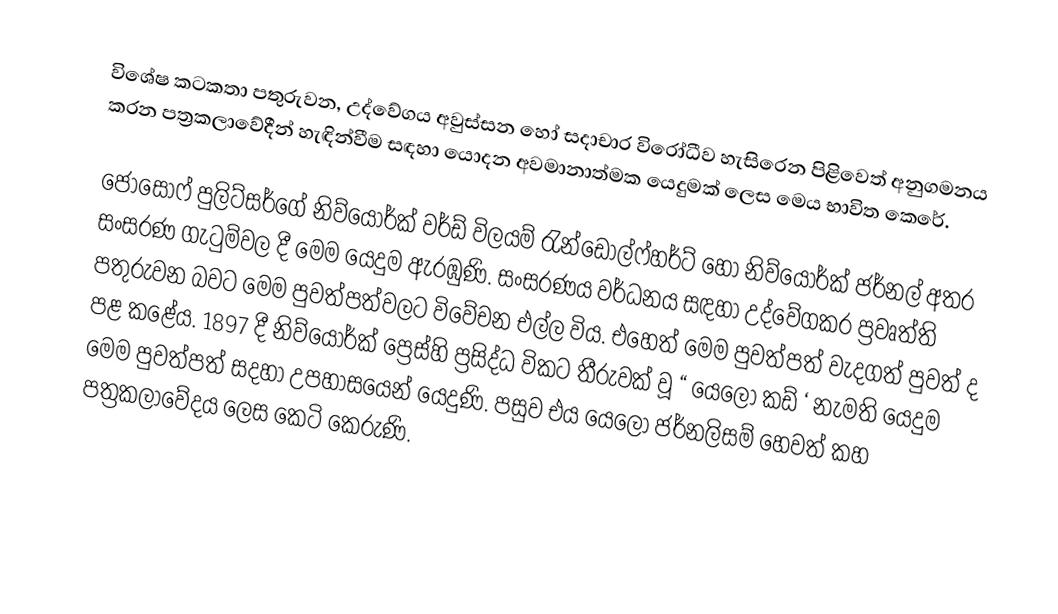
විශේෂ කටකතා පතුරුවන, උද්වේගය අවුස්සන හෝ සදාචාර විරෝධීව හැසිරෙන පිළිවෙත් අනුගමනය කරන පත්‍රකලාවේදීන් හැඳින්වීම සඳහා යොදන අවමානාත්මක යෙදුමක් ලෙස මෙය භාවිත කෙරේ.

ජෝසොෆ් පුලිට්සර්ගේ නිව්යෝර්ක් වර්ඩ් විලයම් රැන්ඩොල්ෆ්හර්ට් හෝ නිව්යෝර්ක් ජර්නල් අතර සංසරණ ගැටුම්වල දී මෙම යෙදුම ඇරඹුණි. සංසරණය වර්ධනය සඳහා උද්වේගකර ප්‍රවෘත්ති පතුරුවන බවට මෙම පුවත්පත්වලට විවේචන එල්ල විය. එහෙත් මෙම පුවත්පත් වැදගත් පුවත් ද පළ කළේය. 1897 දී නිව්යෝර්ක් ප්‍රෙස්හි ප්‍රසිද්ධ විකට තීරුවක් වූ “ යෙලෝ කඩ් ‘ නැමති යෙදුම මෙම පුවත්පත් සදහා උපහාසයෙන් යෙදුණි. පසුව එය යෙලෝ ජර්නලිසම් හෙවත් කහ පත්‍රකලාවේදය ලෙස කෙටි කෙරුණි.